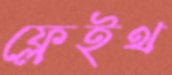
ফ্লেইথ